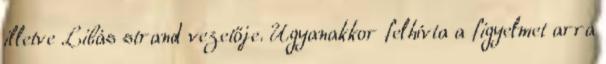
illetve Libás strand vezetője. Ugyanakkor felhívta a figyelmet arra